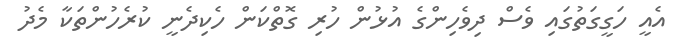
އެއީ ހަގީގަތުގައި ވެސް ދިވެހިންގެ އުޅުން ހުރި ގޮތްކަން ހެކިދެނީ ކުރެހުންތަކާ މެދު